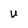
Character: U